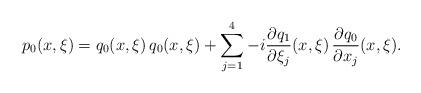
LaTeX: \begin{align*}p_0(x, \xi) = q_0(x, \xi) \, q_0(x, \xi) +\sum _{j=1}^4 -i \frac{\partial q_1}{\partial \xi _j}(x, \xi) \, \frac{\partial q_0}{\partial x_j}(x, \xi). \end{align*}